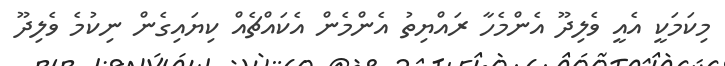
މިކަމަކީ އެއީ ވެލިދޫ އެންމެހާ ރައްޔިތު އެންމެން އެކައްޗެއް ކިޔައިގެން ނިކުމެ ވެލިދޫ